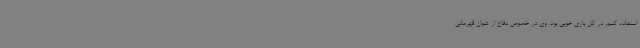
استفاده کنیم. در کل بازی خوبی بود. وی در خصوص دفاع از عنوان قهرمانی